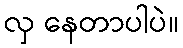
လှ နေတာပါပဲ။